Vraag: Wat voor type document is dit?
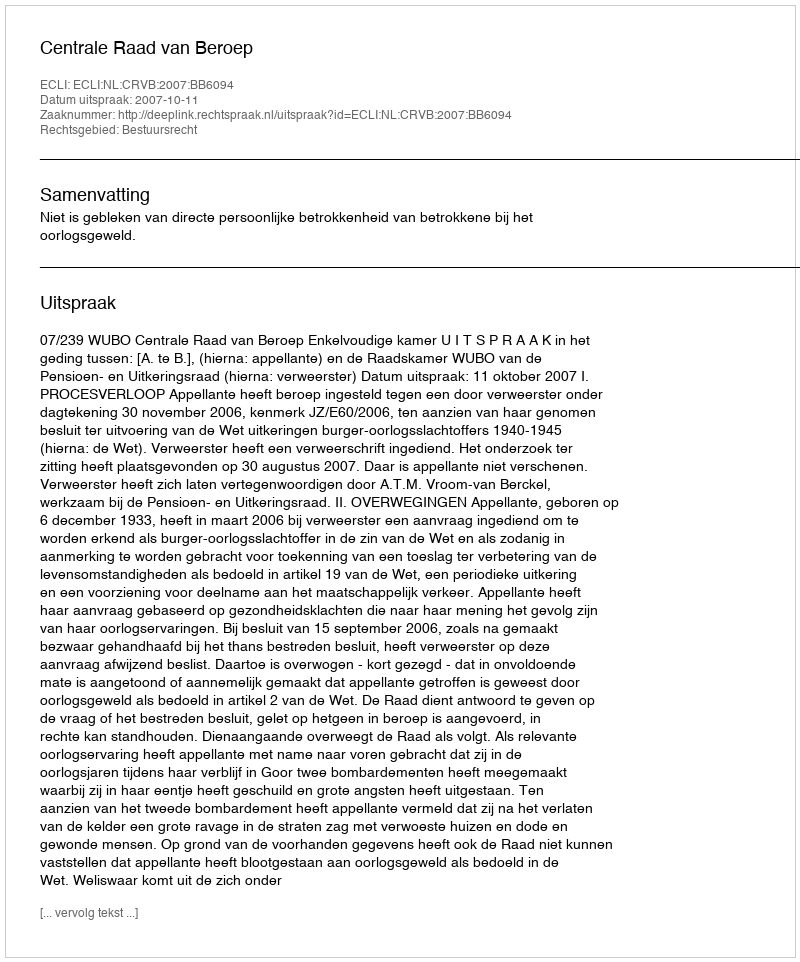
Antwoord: Uitspraak